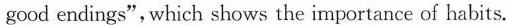
good endings",which shows the importance of habits.